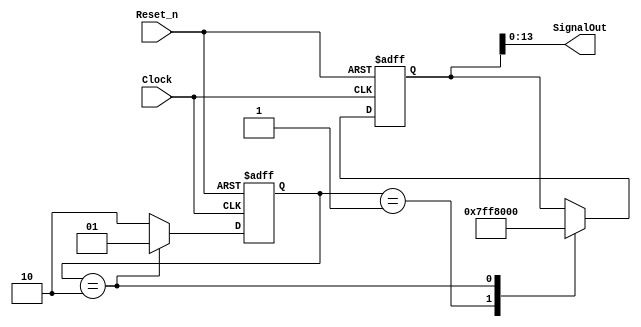
//% @file SignalGenerator.v
//% @author Petros Fountas
//% @brief Plots a signal on the display

module SignalGenerator (
  input         Clock,    // 50 MHz
  input         Reset_n,
  output [13:0] SignalOut // 25 MHz square wave
);

   // 2 time steps
  parameter VPP = 15'hFFF;

  reg [14:0] Signal_q, Signal_d;
  
  (* syn_encoding = "user, safe" *) reg [1:0] State_q, State_d;
  parameter RISING_STATE = 3'b01,
            FALLING_STATE = 3'b10;
            
  always @ (State_q, Signal_q) begin
  
    Signal_d <= Signal_q;
    
    State_d <= State_q;
    case (State_q)
      RISING_STATE : begin
        Signal_d <= VPP;
        State_d <= FALLING_STATE;
      end
      FALLING_STATE : begin
        Signal_d <= 'b0;
        State_d <= RISING_STATE;
      end
      default : begin
        State_d <= FALLING_STATE;
      end
    endcase
  end
  
  assign SignalOut = Signal_q[13:0];
  
  always @ (posedge Clock or negedge Reset_n) begin
    if ( Reset_n == 1'b0 ) begin
      State_q <= RISING_STATE;
      Signal_q <= 'b0;
    end
    else begin
      State_q <= State_d;
      Signal_q <= Signal_d;
    end
  end

endmodule